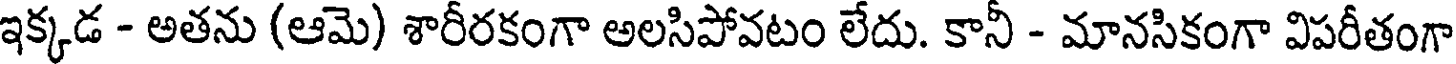
ఇక్కడ - అతను (ఆమె) శారీరకంగా అలసిపోవటం లేదు. కానీ - మానసికంగా విపరీతంగా